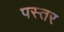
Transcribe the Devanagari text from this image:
पस्तर